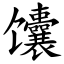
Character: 馕